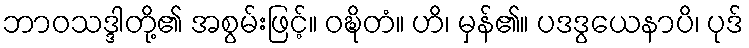
ဘာဝသဒ္ဒါတို့၏ အစွမ်းဖြင့်။ ဝဍ္ဎိတံ။ ဟိ၊ မှန်၏။ ပဒဒွယေနာပိ၊ ပုဒ်